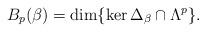
LaTeX: \begin{align*}B_{p}(\beta ) = \dim \{ \ker \Delta_{\beta} \cap \Lambda^{p} \}.\end{align*}